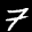
Label: 7